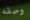
وصفه